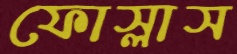
ফোস্‌লাস